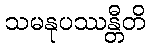
သမနုပဿန္တီတိ